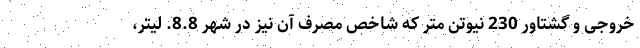
خروجی و گشتاور 230 نیوتن متر که شاخص مصرف آن نیز در شهر 8.8. لیتر،